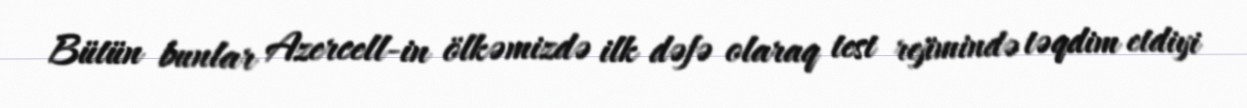
Bütün bunlar Azercell-in ölkəmizdə ilk dəfə olaraq test rejimində təqdim etdiyi